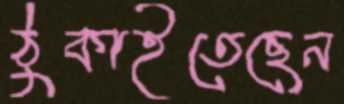
ঠুকাইতেছেন